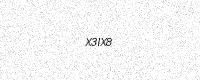
Text: X3IX8